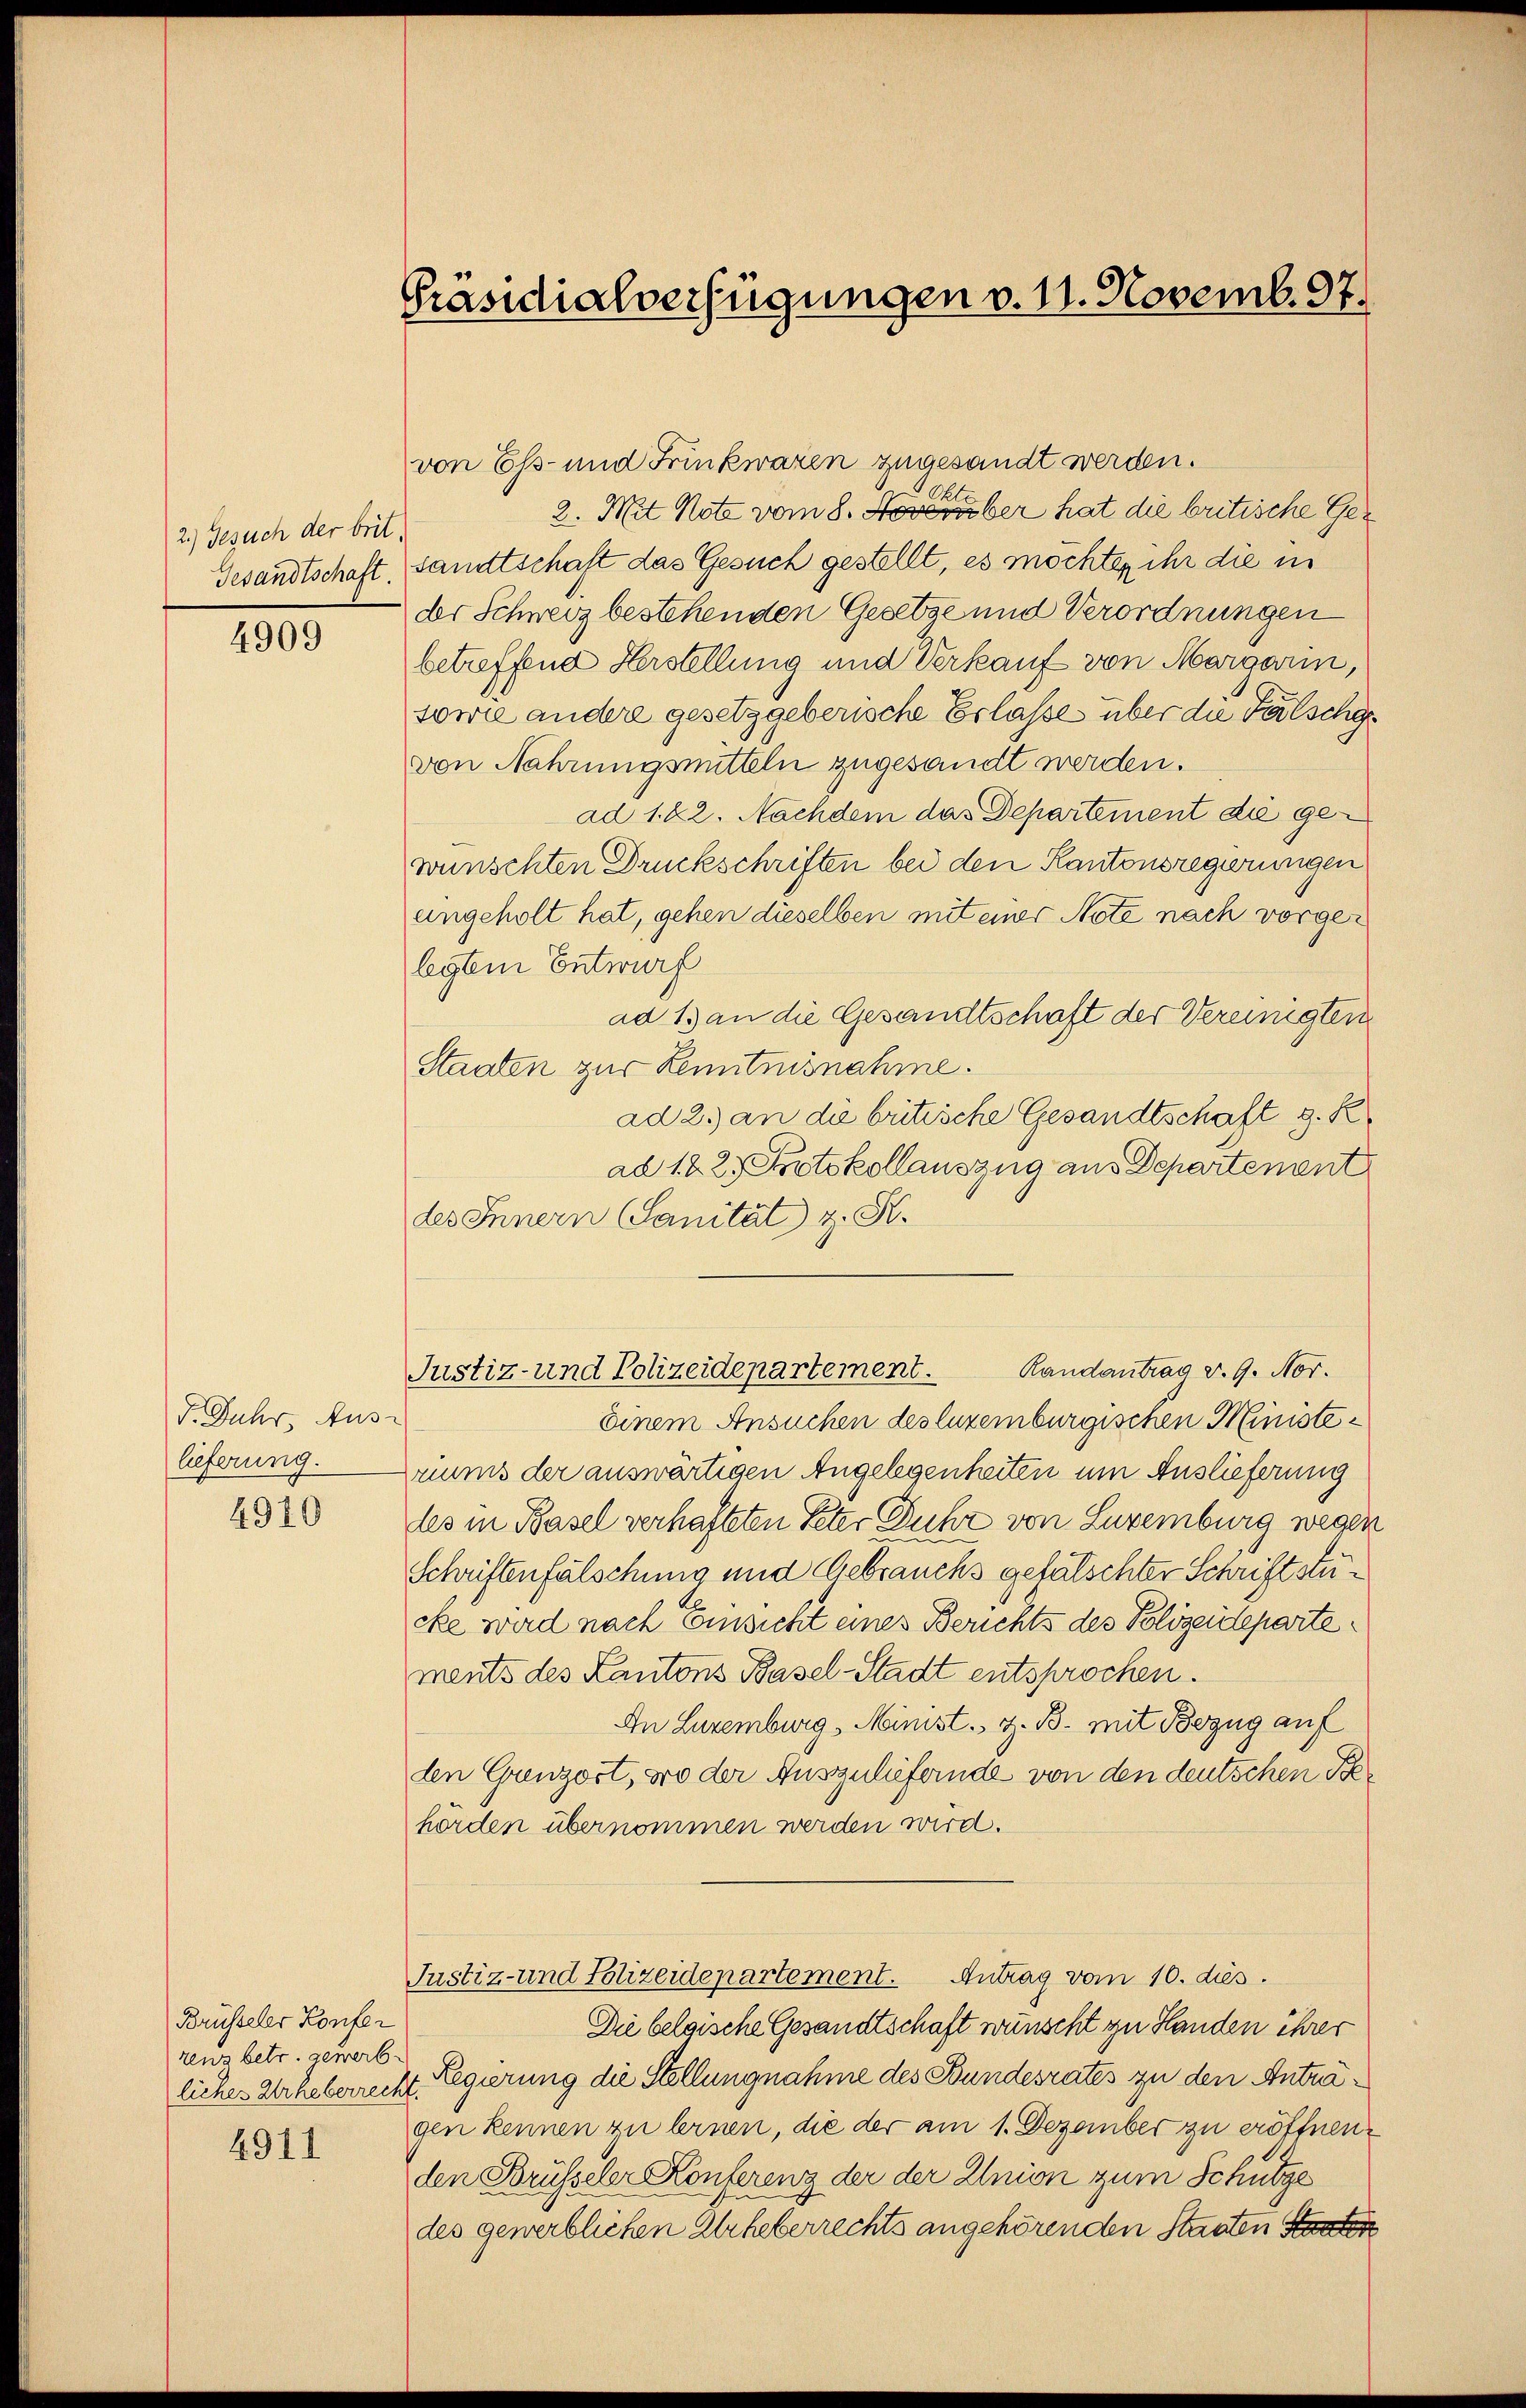
2.) Gesuch der brit.
Gesandtschaft.

4909

d. Jahr, Aus-
lieferung.

4920

Brüsseler Konfer
renz betr. gewerb-

4911

Präsidialverfügungen v. 11. Novemb. 97.

von Ess- und Trinkwaren zugesandt werden.
Ote
2. Mit Note vom 8. Noverüber hat die britische Gesandtschaft das Gesuch gestellt, es möchten ihr die in
dr Schweiz bestehenden Gesetze und Verordnungen
betreffend Herstellung und Verkauf von Margarin,
sowie andere gesetzgeberische Erlasse über die Fälschen
von Nahrungsmitteln zugesandt werden.
ad 1. 22. Nachdem das Departement die gewünschten Druckschriften bei den Kantonsregierungen
eingeholt hat, gehen dieselben mit einer Note nach vorgelegten Entwurf
ad 13 an die Gesandtschaft der Vereinigten
Staaten zur Lentnisnahme.
ad 2.) an die britische Gesandtschaft g. K
ad 12 2 Protokollauszug aus Departement
des Innern Sanität) z. S.
Randantrag v. 9. Nov.
Justiz- und Polizeidepartement.
einem Ansuchen des luzemburgischen Ministeriums der auswärtigen Angelegenheiten um Auslieferung
les in Basel verhafteten Peter Duhr von Luremburg wegen
Schriftenfälschung und Gebrauchs gefälschter Schriftstücke wird nach Einsicht eines Berichts des Polizeidepartements des Kantons Basel-Stadt entsprochen
An Luremburg, Minist, z. B. mit Bezug auf
den Grenzort, wo der Auszuliefernde von den deutschen Pehörden übernommen werden wird.
Justiz- und Polizeidepartement. Antrag vom 10. dies
Die belgische Gesandtschaft wünscht zu Handen ihrer
liches Urheberrecht. Regierung die Stellungnahme des Bundesrates zu den Antragen kennen zu lernen, die der am 1. Dezember zu eröffnen,
den Brüsseler Konferenz der der Union zum Schutze
des gewerblichen Urheberrechts angehörenden Staaten Staate